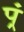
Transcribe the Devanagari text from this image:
प़्रं